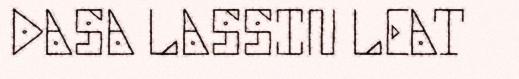
DASA LASSIN LEAT